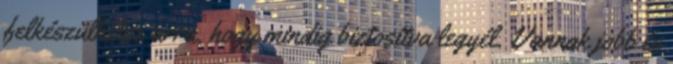
felkészülhetsz arra, hogy mindig biztosítva legyél. Vannak jobb és